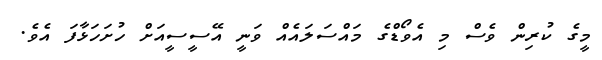
މީގެ ކުރިން ވެސް މި އެވޯޑްގެ މައްސަލައެއް ވަނީ އޭސީސީއަށް ހުށަހަޅާފަ އެވެ.